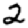
Digit: 2